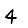
Digit: 4